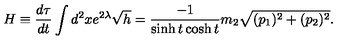
H \equiv \frac { d \tau } { d t } \int d ^ { 2 } x e ^ { 2 \lambda } \sqrt { h } = \frac { - 1 } { \sinh t \cosh t } m _ { 2 } \sqrt { ( p _ { 1 } ) ^ { 2 } + ( p _ { 2 } ) ^ { 2 } } .